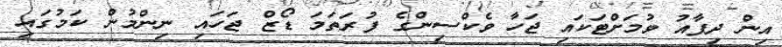
އިން ދިފާއު ވުމަށްޓަކައި ޖަހާ ވެކްސިންގެ ފުރަތަމަ ޑޯޒް ޖަހައި ނިންމުން ކަމުގައި